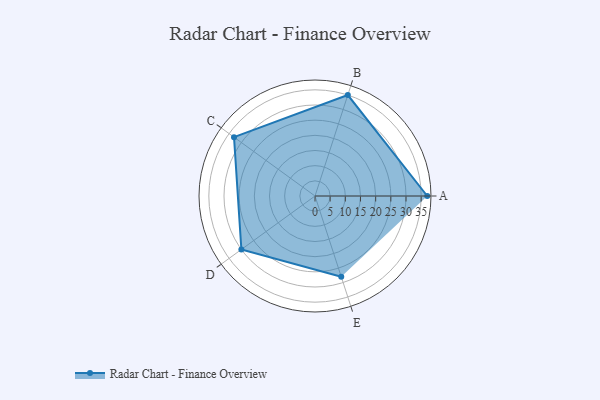
{"axis": {"x": "Skill", "y": "Score"}, "legend": ["Profile"], "data": [{"x": "A", "y": 37.0, "type": "Profile"}, {"x": "B", "y": 35.0, "type": "Profile"}, {"x": "C", "y": 33.0, "type": "Profile"}, {"x": "D", "y": 30.0, "type": "Profile"}, {"x": "E", "y": 28.0, "type": "Profile"}]}